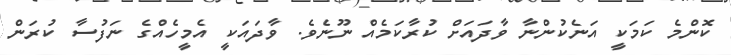
ކޮންމެ ކަމަކީ އަނެކުންނާ ވާދައަށް ކުރާކަމެއް ނޫނެވެ. ވާދައަކީ އެމީހެއްގެ ނަފުސާ ކުރަން